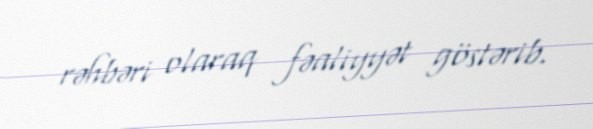
rəhbəri olaraq fəaliyyət göstərib.